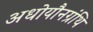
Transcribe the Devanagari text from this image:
अधोयौनग्रंथि